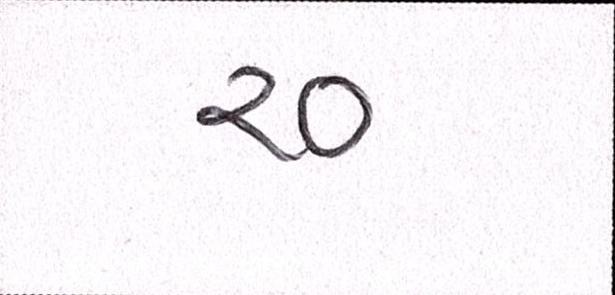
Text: ર૦